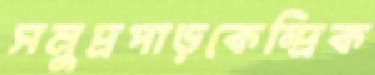
সমুদ্রপাড়কেন্দ্রিক